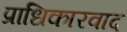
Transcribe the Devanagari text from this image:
प्राधिकारवाद